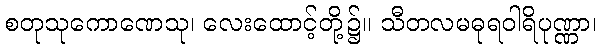
စတုသုကောဏေသု၊ လေးထောင့်တို့၌။ သီတလမဓုရဝါရိပုဏ္ဏာ၊